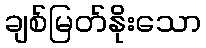
ချစ်မြတ်နိုးသော